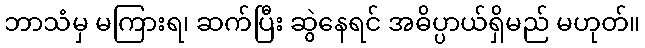
ဘာသံမှ မကြားရ၊ ဆက်ပြီး ဆွဲနေရင် အဓိပ္ပာယ်ရှိမည် မဟုတ်။